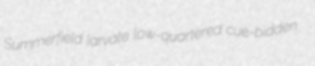
Summerfield larvate low-quartered cue-bidden